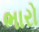
ભારો